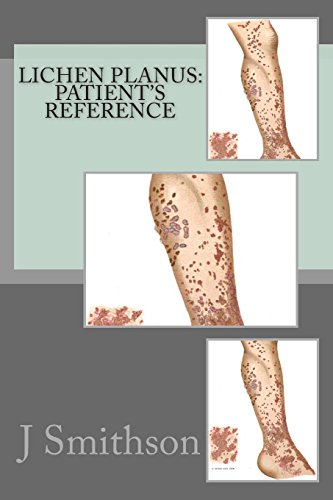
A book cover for Lichen Planus: Patient's Reference; J P Smithson MA; Health, Fitness & Dieting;